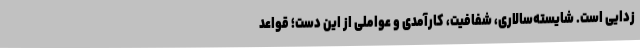
زدایی است. شایسته‌سالاری، شفافیت، کارآمدی و عواملی از این دست؛ قواعد